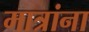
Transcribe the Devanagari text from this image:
मात्रांना